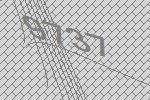
9737